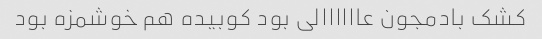
کشک بادمجون عاااااالی بود کوبیده هم خوشمزه بود